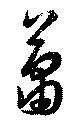
蕭